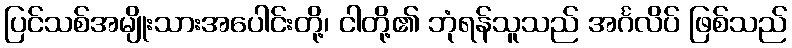
ပြင်သစ်အမျိုးသားအပေါင်းတို့၊ ငါတို့၏ ဘုံရန်သူသည် အင်္ဂလိပ် ဖြစ်သည်